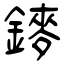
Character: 䥑